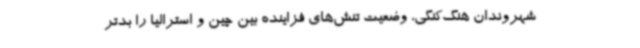
شهروندان هنگ‌کنگی، وضعیت تنش‌های فزاینده بین چین و استرالیا را بدتر